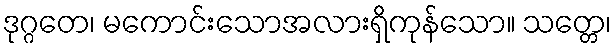
ဒုဂ္ဂတေ၊ မကောင်းသောအလားရှိကုန်သော။ သတ္တေ၊